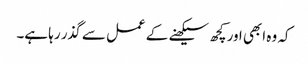
کہ وہ ابھی اور کچھ سیکھنے کے عمل سے گذر رہا ہے۔